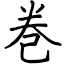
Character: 巻